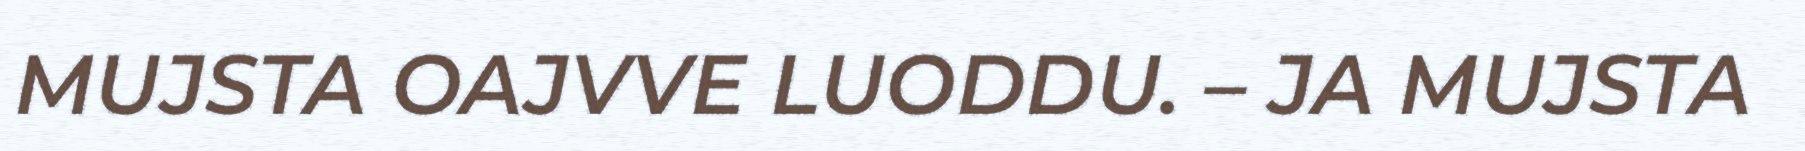
MUJSTA OAJVVE LUODDU. – JA MUJSTA